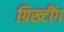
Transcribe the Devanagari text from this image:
ग्रिख्टींग